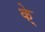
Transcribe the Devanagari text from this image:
के्